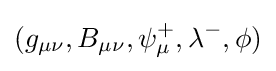
(g_{\mu \nu },B_{\mu \nu },\psi _{\mu }^{+},\lambda ^{-},\phi )